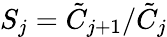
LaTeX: S_{j}=\tilde{C}_{j+1}/\tilde{C}_{j}